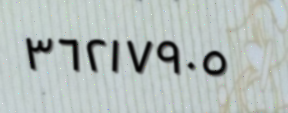
٣٦٢١٧٩٠٥